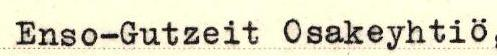
Enso-Gutzeit Osakeyhtiö